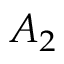
A _ { 2 }